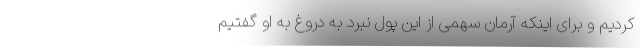
کردیم و برای اینکه آرمان سهمی از این پول نبرد به دروغ به او گفتیم